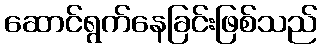
ဆောင်ရွက်နေခြင်းဖြစ်သည်